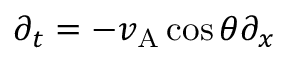
\partial _ { t } = - v _ { \mathrm { A } } \cos \theta \partial _ { x }